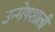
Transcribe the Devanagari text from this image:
उन्मेषशाली